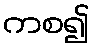
ကစ၍